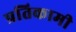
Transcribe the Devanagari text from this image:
प्रतिकामी